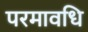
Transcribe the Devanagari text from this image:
परमावधि